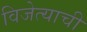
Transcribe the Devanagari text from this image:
विजेत्याची